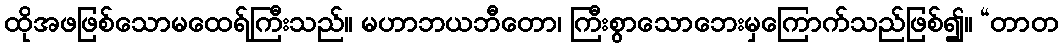
ထိုအဖဖြစ်သောမထေရ်ကြီးသည်။ မဟာဘယဘီတော၊ ကြီးစွာသောဘေးမှကြောက်သည်ဖြစ်၍။ “တာတ